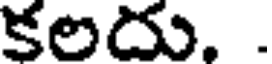
కలదు. .